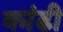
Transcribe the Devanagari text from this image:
कांढी